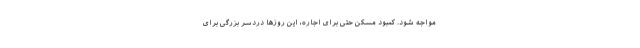
مواجه شود. کمبود مسکن حتی برای اجاره، این روزها دردسر بزرگی برای